Leaving Certificate Examination (including Day School Certificate (Higher) General paper), 1927
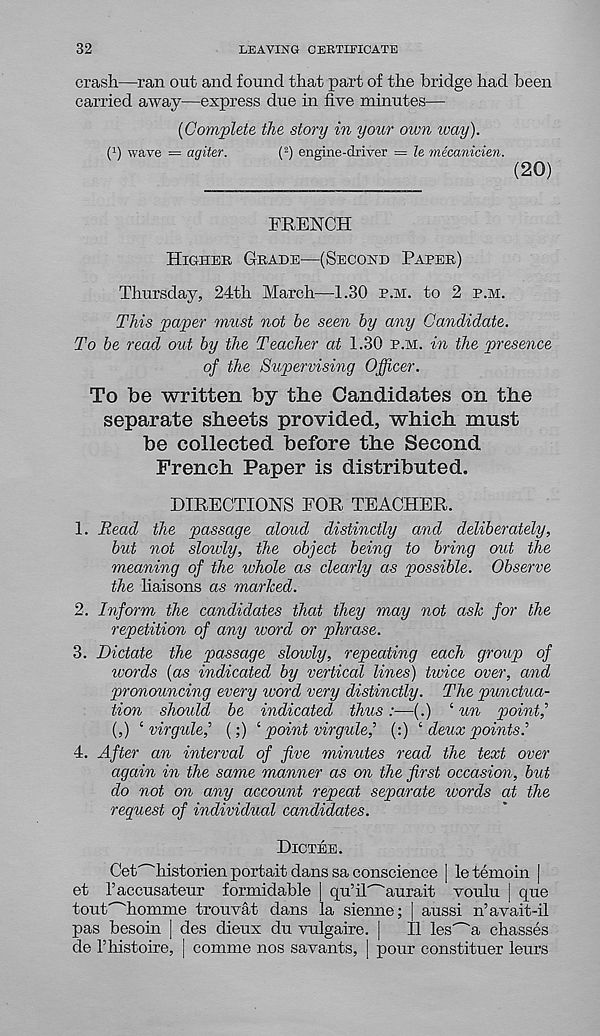
32
LEAVING CERTIFICATE
crash—ran out and found that part of the bridge had been
carried away—express due in five minutes—
{Complete the story in your own way).
( 1 ) wave = agiter.
( 2 ) engine-driver = le mecanicien.
(20)
FRENCH
Higher Grade—(Second Paper)
Thursday, 24th March—1.30 p.m. to 2 p.m.
This paper must not be seen by any Candidate.
To be read out by the Teacher at 1.30 p.m. in the presence
of the Supervising Officer.
To be written by the Candidates on the
separate sheets provided, which must
be collected before the Second
French Paper is distributed.
DIRECTIONS FOR TEACHER.
1. Read the passage aloud distinctly and deliberately,
but not slowly, the object being to bring out the
meaning of the whole as clearly as possible. Observe
the haisons as marked.
2. Inform the candidates that they may not ask for the
repetition of any word or phrase.
3. Dictate the passage slowly, repeating each group of
ivords {as indicated by vertical lines) twice over, and
pronouncing every word very distinctly. The punctua-
tion should be indicated thus :—(.) ‘ un point, ,
(,) ‘ virgulej {;) i point virgulej {:) ‘ deux points.' 1
4. After an interval of five minutes read the text over
again in the same manner as on the first occasion, but
do not on any account repeat separate words at the
request of individual candidates.
Dictee.
Cet^historien portait dans sa conscience | letemoin |
et Faccusateur formidable | qu’il"~'aurait voulu | que
tout'-'homme trouvat dans la sienne; | aussi n’avait-il
pas besoin | des dieux du vulgaire. |
II les^a chasses
de 1’histoire, | comme nos savants, ) pour constituer leurs